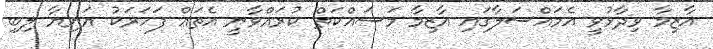
އާޒިމާ ވިދާޅުވީ އެމައްސަލާގައި އާޒިމާ މަސައްކަތް ކުރައްވާނީ އެތައް ފަހަރަކު އަނިޔާ ލިބި